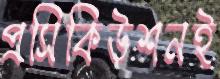
প্রসিকিউশনই